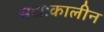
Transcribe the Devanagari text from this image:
सद्यःकालीन